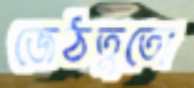
জেঠতুতো